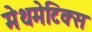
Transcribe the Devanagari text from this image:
मेथमेटिक्स